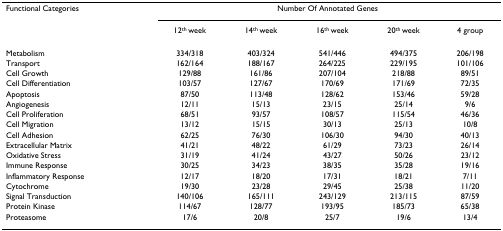
<table><thead><tr><td><b>Functional Categories</b></td><td colspan="5"><b>Number Of Annotated Genes</b></td></tr><tr><td></td><td><b>12<sup>th </sup>week</b></td><td><b>14<sup>th </sup>week</b></td><td><b>16<sup>th </sup>week</b></td><td><b>20<sup>th </sup>week</b></td><td><b>4 group</b></td></tr></thead><tbody><tr><td>Metabolism</td><td>334/318</td><td>403/324</td><td>541/446</td><td>494/375</td><td>206/198</td></tr><tr><td>Transport</td><td>162/164</td><td>188/167</td><td>264/225</td><td>229/195</td><td>101/106</td></tr><tr><td>Cell Growth</td><td>129/88</td><td>161/86</td><td>207/104</td><td>218/88</td><td>89/51</td></tr><tr><td>Cell Differentiation</td><td>103/57</td><td>127/67</td><td>170/69</td><td>171/69</td><td>72/35</td></tr><tr><td>Apoptosis</td><td>87/50</td><td>113/48</td><td>128/62</td><td>153/46</td><td>59/28</td></tr><tr><td>Angiogenesis</td><td>12/11</td><td>15/13</td><td>23/15</td><td>25/14</td><td>9/6</td></tr><tr><td>Cell Proliferation</td><td>68/51</td><td>93/57</td><td>108/57</td><td>115/54</td><td>46/36</td></tr><tr><td>Cell Migration</td><td>13/12</td><td>15/15</td><td>30/13</td><td>25/13</td><td>10/8</td></tr><tr><td>Cell Adhesion</td><td>62/25</td><td>76/30</td><td>106/30</td><td>94/30</td><td>40/13</td></tr><tr><td>Extracellular Matrix</td><td>41/21</td><td>48/22</td><td>61/29</td><td>73/23</td><td>26/14</td></tr><tr><td>Oxidative Stress</td><td>31/19</td><td>41/24</td><td>43/27</td><td>50/26</td><td>23/12</td></tr><tr><td>Immune Response</td><td>30/25</td><td>34/23</td><td>38/35</td><td>35/28</td><td>19/16</td></tr><tr><td>Inflammatory Response</td><td>12/17</td><td>18/20</td><td>17/31</td><td>18/21</td><td>7/11</td></tr><tr><td>Cytochrome</td><td>19/30</td><td>23/28</td><td>29/45</td><td>25/38</td><td>11/20</td></tr><tr><td>Signal Transduction</td><td>140/106</td><td>165/111</td><td>243/129</td><td>213/115</td><td>87/59</td></tr><tr><td>Protein Kinase</td><td>114/67</td><td>128/77</td><td>193/95</td><td>185/73</td><td>65/38</td></tr><tr><td>Proteasome</td><td>17/6</td><td>20/8</td><td>25/7</td><td>19/6</td><td>13/4</td></tr></tbody></table>